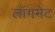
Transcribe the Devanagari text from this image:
लाँगमेट